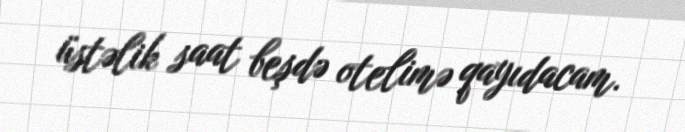
üstəlik saat beşdə otelimə qayıdacam.